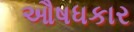
ઔષધકાર